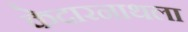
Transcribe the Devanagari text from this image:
केदारनाथला